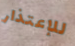
للإعتذار